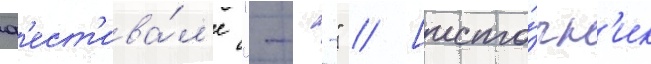
ф'ест'ива́л'е "---" // [исто́чн'ик